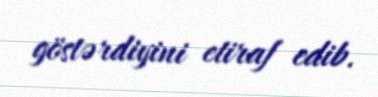
göstərdiyini etiraf edib.